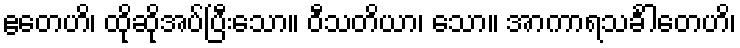
ဧတေဟိ၊ ထိုဆိုအပ်ပြီးသော။ ဝီသတိယာ၊ သော။ အာကာရသင်္ခါတေဟိ၊